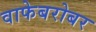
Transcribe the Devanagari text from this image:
वाफेबरोबर